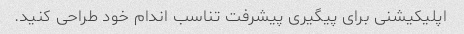
اپلیکیشنی برای پیگیری پیشرفت تناسب اندام خود طراحی کنید.